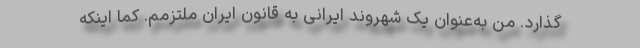
گذارد. من به‌عنوان یک شهروند ایرانی به قانون ایران ملتزمم. کما اینکه